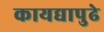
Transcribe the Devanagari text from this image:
कायद्यापुढे